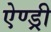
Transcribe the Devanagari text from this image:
ऐण्ड्री